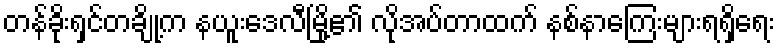
တန်ခိုးရှင်တချို့က နယူးဒေလီမြို့၏ လိုအပ်တာထက် နစ်နာကြေးများရရှိရေး